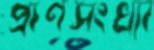
প্রাণসংখ্যা